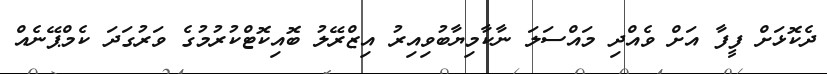
ދެކޮޅަށް ފީފާ އަށް ވެއްދި މައްސަލަ ނާކާމިޔާބުވިއިރު އިޒްރޭލު ބޮއިކޮޓްކުރުމުގެ ވަރުގަދަ ކެމްޕޭނެއް